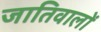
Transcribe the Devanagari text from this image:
जातिवालों